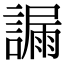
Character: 𧫞